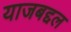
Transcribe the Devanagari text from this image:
याजबद्दल